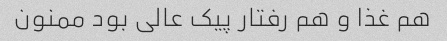
هم غذا و هم رفتار پیک عالی بود ممنون